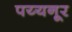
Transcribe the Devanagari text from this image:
पय्यनूर